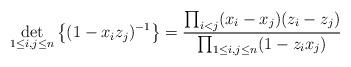
LaTeX: \begin{align*} \det_{1 \leq i, j \leq n} \left\{ (1 - x_i z_j)^{-1} \right\} = \frac{\prod_{i<j} (x_i - x_j) (z_i - z_j)}{\prod_{1 \leq i,j \leq n} (1 - z_i x_j)} \end{align*}